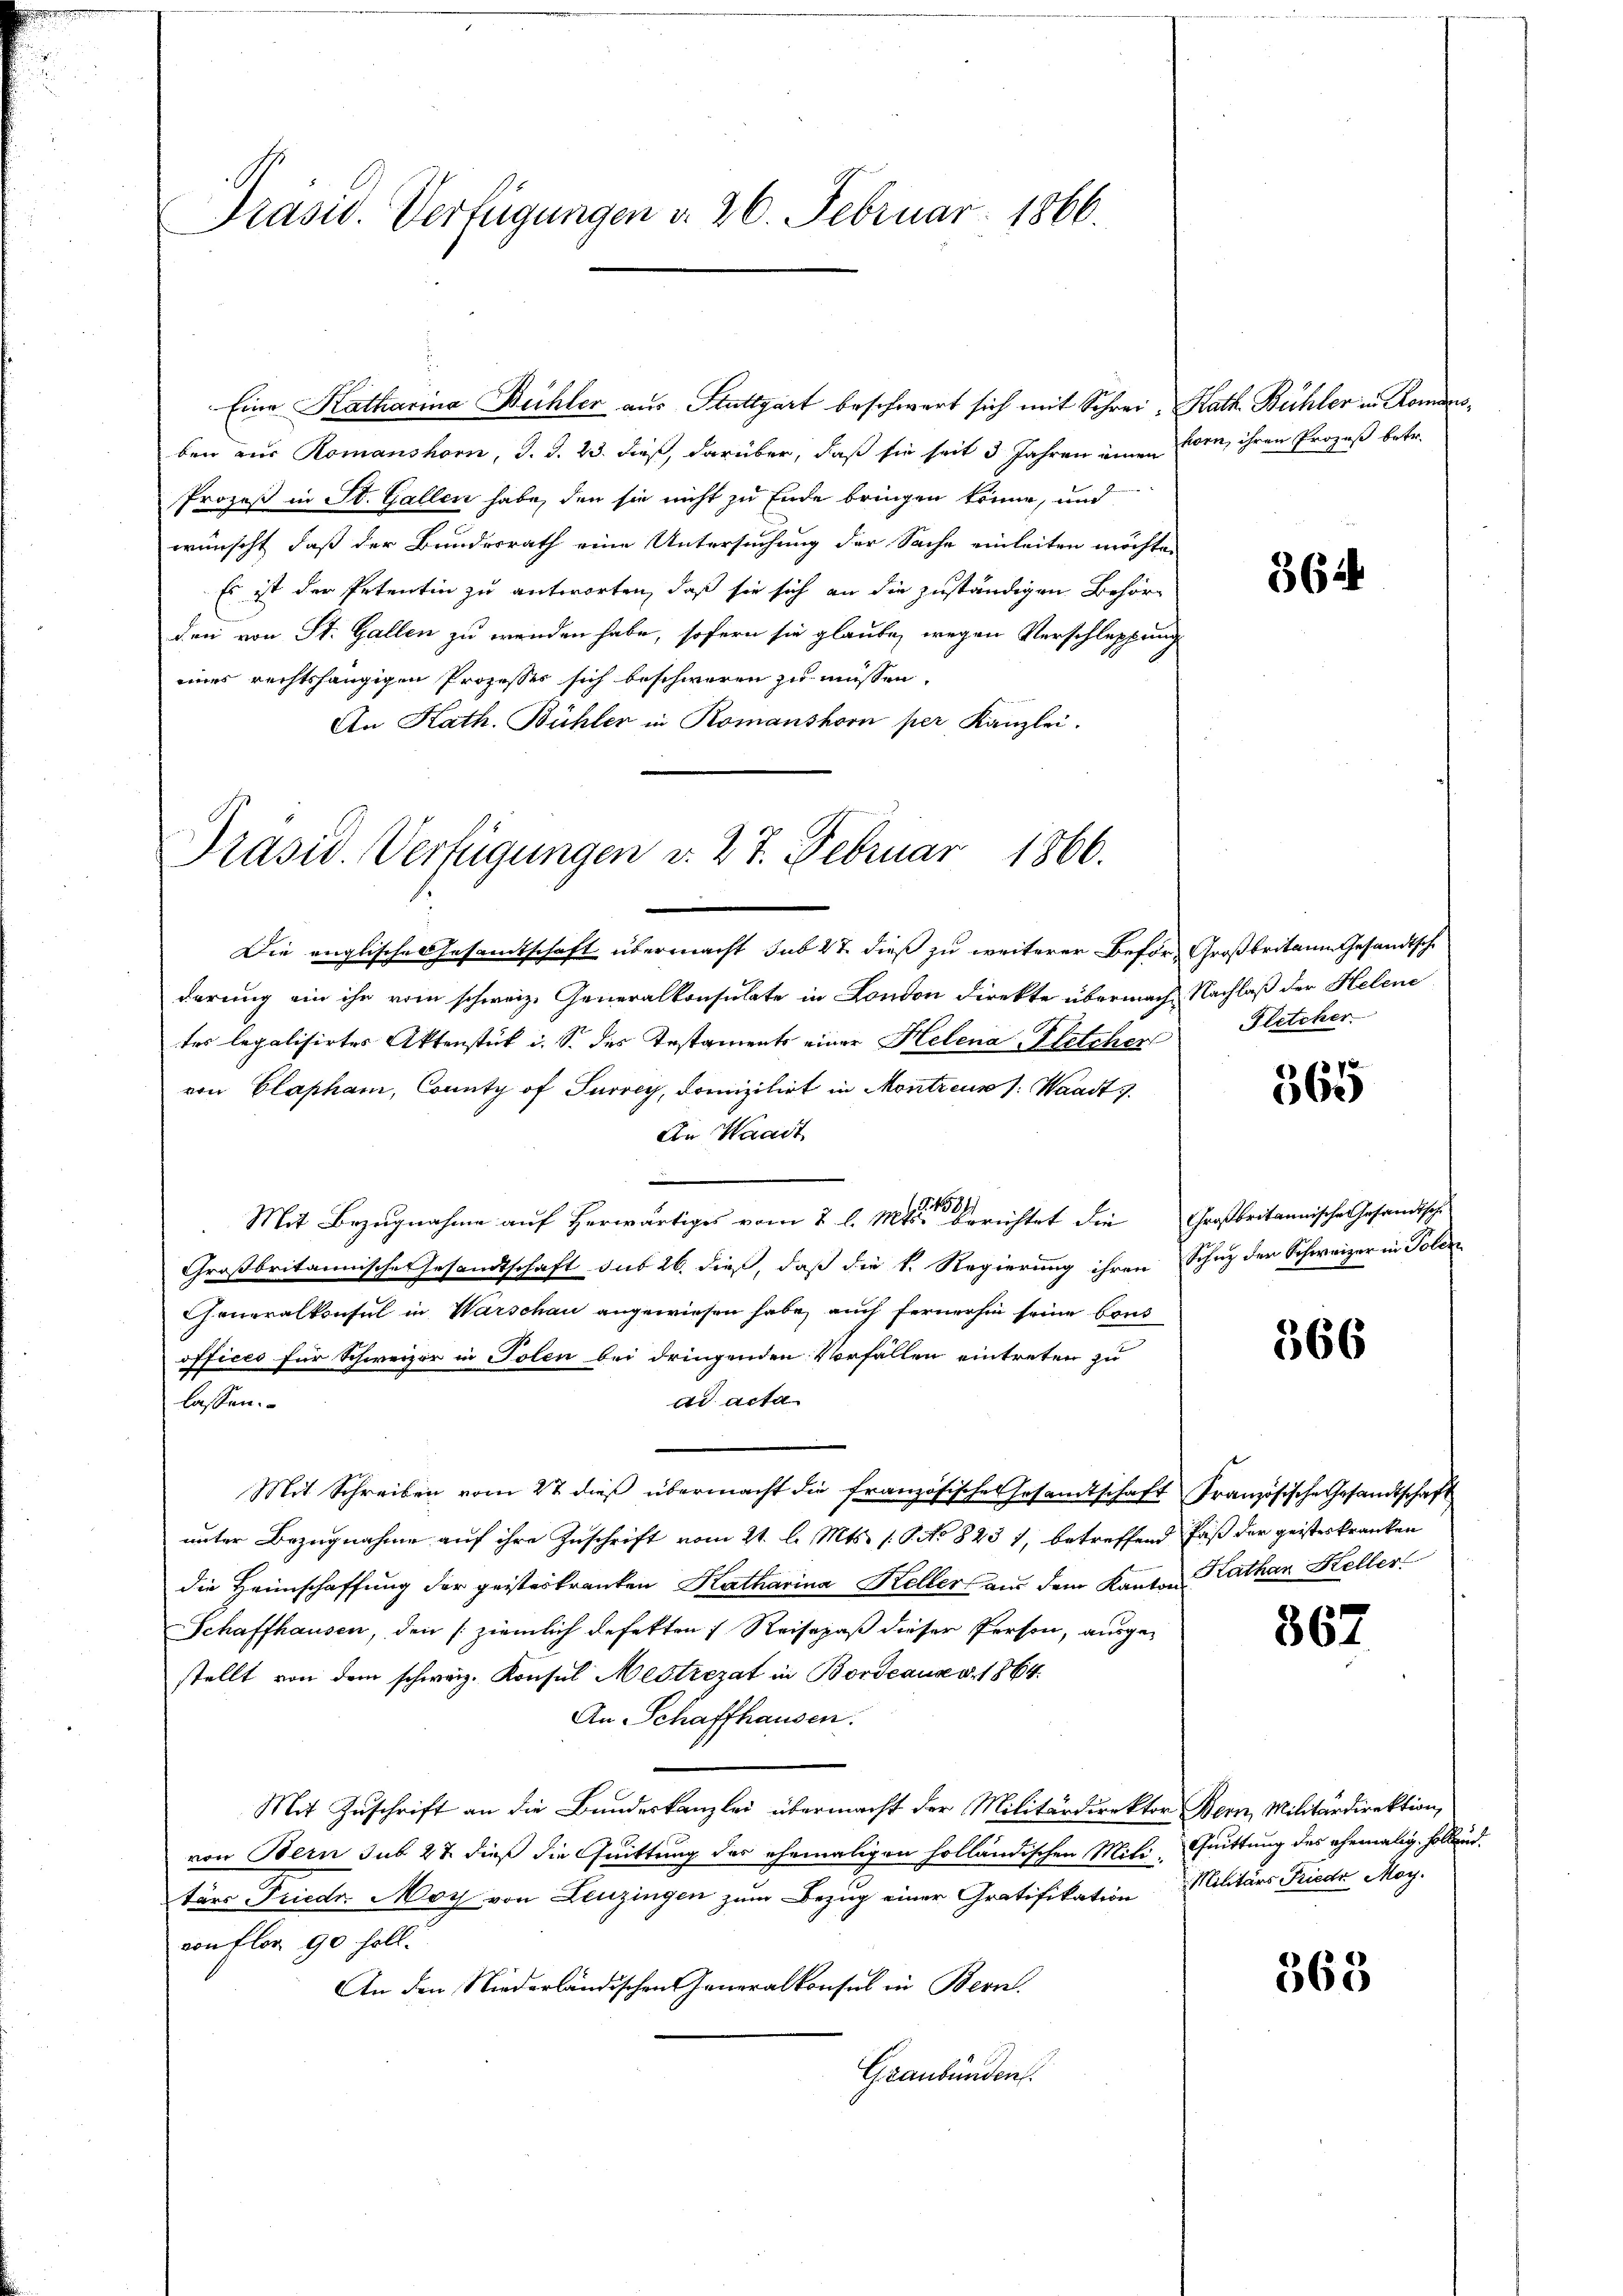
Präsid. Verfügungen d. 26. Februar 1866.

Eine Katharina Bühler aus Stuttgart beschwert sich mit Schrei- Kath. Bühler in Romansben aus Romanshorn, J. J. 23. dieß, darüber, daß sie seit 3 Jahren einen forn, ihren Prozeß betr.
Prozeß in St. Gallen habe, den sie nicht zu Ende bringen könne, und
wünscht, daß der Bundesrath eine Untersuchung der Sache einleiten möchte,
Es ist der Petentin zu antworten, daß sie sich an die zuständigen Behörden von St. Gallen zu wenden habe, sofern sie glaube, wegen Verschleppung
eines rechtshängigen Prozesser sich beschweren zu müssen,
An Kath. Bühler in Romanshorn per Kanzlei.

Präsid. Verfügungen v. 27. Februar 1866.

Die englisches Gesamtschaft übermacht sub 27 dieß zu weiterer Beför-Großbritain Gesandtsch
derung ein ihr vom schweiz. Generalkonsulate in London direkte übermache Nachlaß der Helene
tes legalisirtes Aktenstük i. S. des Testaments einer Helena Petzher Flitcher
von Clapham, County of Suvrey, domizilirt in Montreuss. Waadt
An Waadt
2
Mit Bezugnahme auf Herwärtiges vom 2. l. Mater Berichtet die Großbritannische Gesandtsch
Großbritannische Gesandtschaft sub 26. dieß, daß die k. Regierung ihren Schuz der Schweizer in Polen
Generalkonsul in Warschau angewiesen habe, auch fernerhin seine Cous
offices für Schweizer in Polen bei dringenden Vorfallen eintreten zu
ad acta
lassen.
Mit Schreiben vom 27 dieß übermacht die französische Gesandtschaft Französische Gesandtschaft
unter Bezugnahme auf ihre Zuschrift vom 21. l. Mts. s. S. No 823 1, betreffend daß der geisteskranken
die Heimschaffung der geisteskranken Katharina Keller aus dem Kanton Kathan Heller
Schaffhausen, den (ziemlich defekten Reisepaß dieser Person, ausgestellt von dem schweiz. Konsul Mestrerat in Bordeaux v. 1864.
An Schaffhausen.
Mit Zuschrift an die Bundeskanzlei übermacht der Militärdirektor Bern, Militärdirektion,
von Bern sub 27. dieß die Quittung des ehemaligen holländischen Miti, Quittung des ehemalig hollend.
tärs Friedr. Moy von Leuzingen zum Bezug einer Gratifikation Militärs Friedr. May.
von Flor 90 soll.
An den Niederländischen Generalkonsul in Bern.
Graubünden.

364

4372.
)

366

367.

363